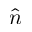
\hat { n }